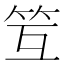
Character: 䇘